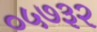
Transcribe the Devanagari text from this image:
०५७३२